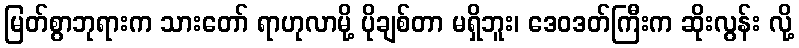
မြတ်စွာဘုရားက သားတော် ရာဟုလာမို့ ပိုချစ်တာ မရှိဘူး၊ ဒေဝဒတ်ကြီးက ဆိုးလွန်း လို့